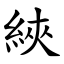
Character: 綊